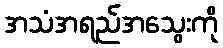
အသံအရည်အသွေးကို